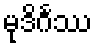
မုဒိင်္ဂဿ